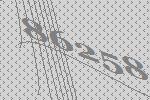
86258